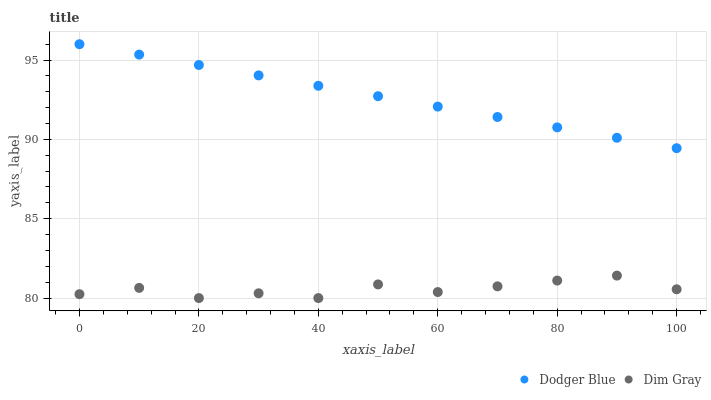
| xaxis_label | Dodger Blue | Dim Gray |
 | --- | --- | --- |
 | 0 | 96 | 80.2 |
 | 10 | 95.3 | 80.6 |
 | 20 | 94.7 | 80 |
 | 30 | 94 | 80.3 |
 | 40 | 93.4 | 80 |
 | 50 | 92.7 | 80.9 |
 | 60 | 92.1 | 80.4 |
 | 70 | 91.4 | 80.7 |
 | 80 | 90.8 | 81.1 |
 | 90 | 90.1 | 81.4 |
 | 100 | 89.4 | 80.6 |